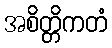
အစိတ္တိကတံ